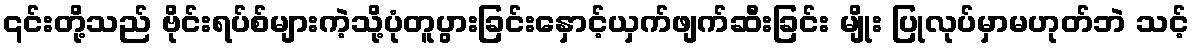
၎င်းတို့သည် ဗိုင်းရပ်စ်များကဲ့သို့ပုံတူပွားခြင်းနှောင့်ယှက်ဖျက်ဆီးခြင်း မျိုး ပြုလုပ်မှာမဟုတ်ဘဲ သင့်